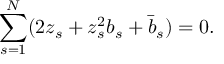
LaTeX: \sum _ { s = 1 } ^ { N } ( 2 z _ { s } + z _ { s } ^ { 2 } b _ { s } + \bar { b } _ { s } ) = 0 .